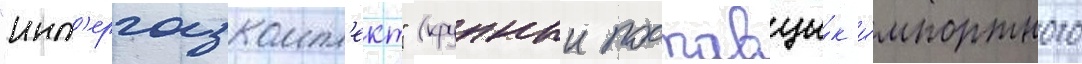
"инт'ергазкомпл'ект" (крупныи поставщи́к и́мпортного